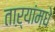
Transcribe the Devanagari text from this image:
ताऱ्यांमधे